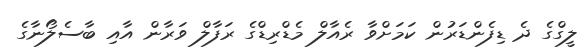
ލީގްގެ ދެ ޑިފެންޑަރުން ކަމަށްވާ ރެއާލް މެޑްރިޑްގެ ރަފާލް ވަރާން އާއި ބާސެލޯނާގެ